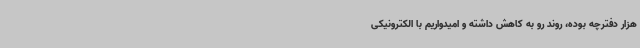
هزار دفترچه بوده، روند رو به کاهش داشته و امیدواریم با الکترونیکی